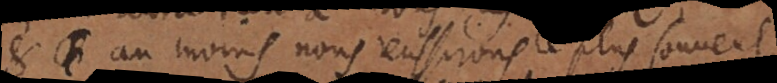
et au moins nous reussirons le plus souvent,